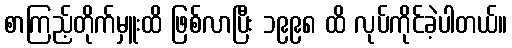
စာကြည့်တိုက်မှူးထိ ဖြစ်လာပြီး ၁၉၉၈ ထိ လုပ်ကိုင်ခဲ့ပါတယ်။